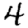
Digit: 4